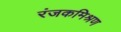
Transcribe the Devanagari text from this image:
रंजकमिश्रण